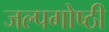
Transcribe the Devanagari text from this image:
जल्पगोष्ठी